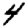
Digit: 4